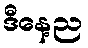
ဒီနေ့ည